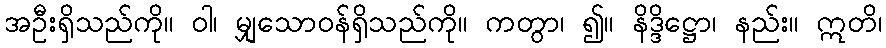
အဦးရှိသည်ကို။ ဝါ၊ မျှသောဝန်ရှိသည်ကို။ ကတွာ၊ ၍။ နိဒ္ဒိဋ္ဌော၊ နည်း။ ဣတိ၊